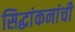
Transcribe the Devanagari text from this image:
सिद्धांकनांची